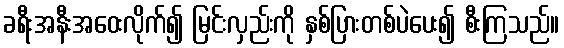
ခရီးအနီးအဝေးလိုက်၍ မြင်းလှည်းကို နှစ်ပြားတစ်ပဲပေး၍ စီးကြသည်။